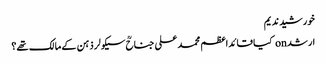
خورشید ندیم
ارشد on کیا قائداعظم محمد علی جناحؒ سیکولر ذہن کے مالک تھے؟